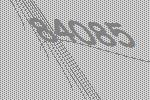
84085